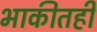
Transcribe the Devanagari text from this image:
भाकीतही